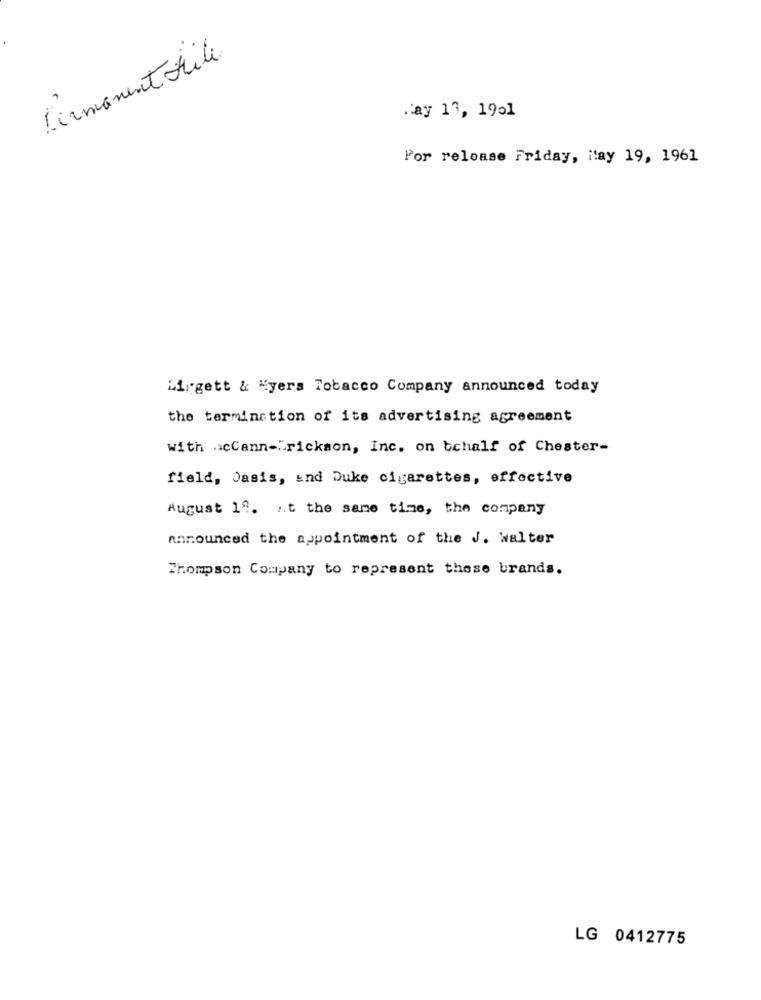
Permanent file
May 13, 1901
For release Friday, May 19, 1961
Li gett & Myers Tobacco Company announced today
the termination of its advertising agreement
with icCann-"rickson, inc. on behalf of Chester-
field, Dasis, and Duke cigarettes, effective
August 19. At the same time, the company
announced the appointment of the J. Walter
Thompson Company to represent those brands.
LG 0412775